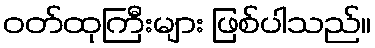
ဝတ်ထုကြီးများ ဖြစ်ပါသည်။